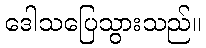
ဒေါသပြေသွားသည်။